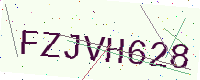
Text: FZJVH628